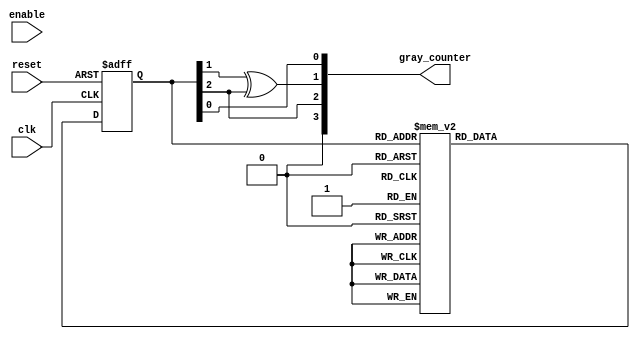
module gray_counter_clock_divider (
    input wire clk,
    input wire reset,
    input wire enable,
    output reg [3:0] gray_counter
);

reg [2:0] counter;
reg [2:0] next_counter;

always @(posedge clk or posedge reset) begin
    if (reset) begin
        counter <= 3'b000;
    end else begin
        counter <= next_counter;
    end
end

always @(*) begin
    case (counter)
        3'b000: next_counter = 3'b001;
        3'b001: next_counter = 3'b011;
        3'b010: next_counter = 3'b110;
        3'b011: next_counter = 3'b100;
        3'b100: next_counter = 3'b101;
        3'b101: next_counter = 3'b111;
        3'b110: next_counter = 3'b010;
        3'b111: next_counter = 3'b000;
        default: next_counter = 3'b000;
    endcase
end

assign gray_counter = {counter[2], counter[1] ^ counter[2], counter[0]};

endmodule